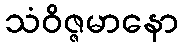
သံဝိဇ္ဇမာနော